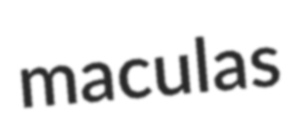
maculas